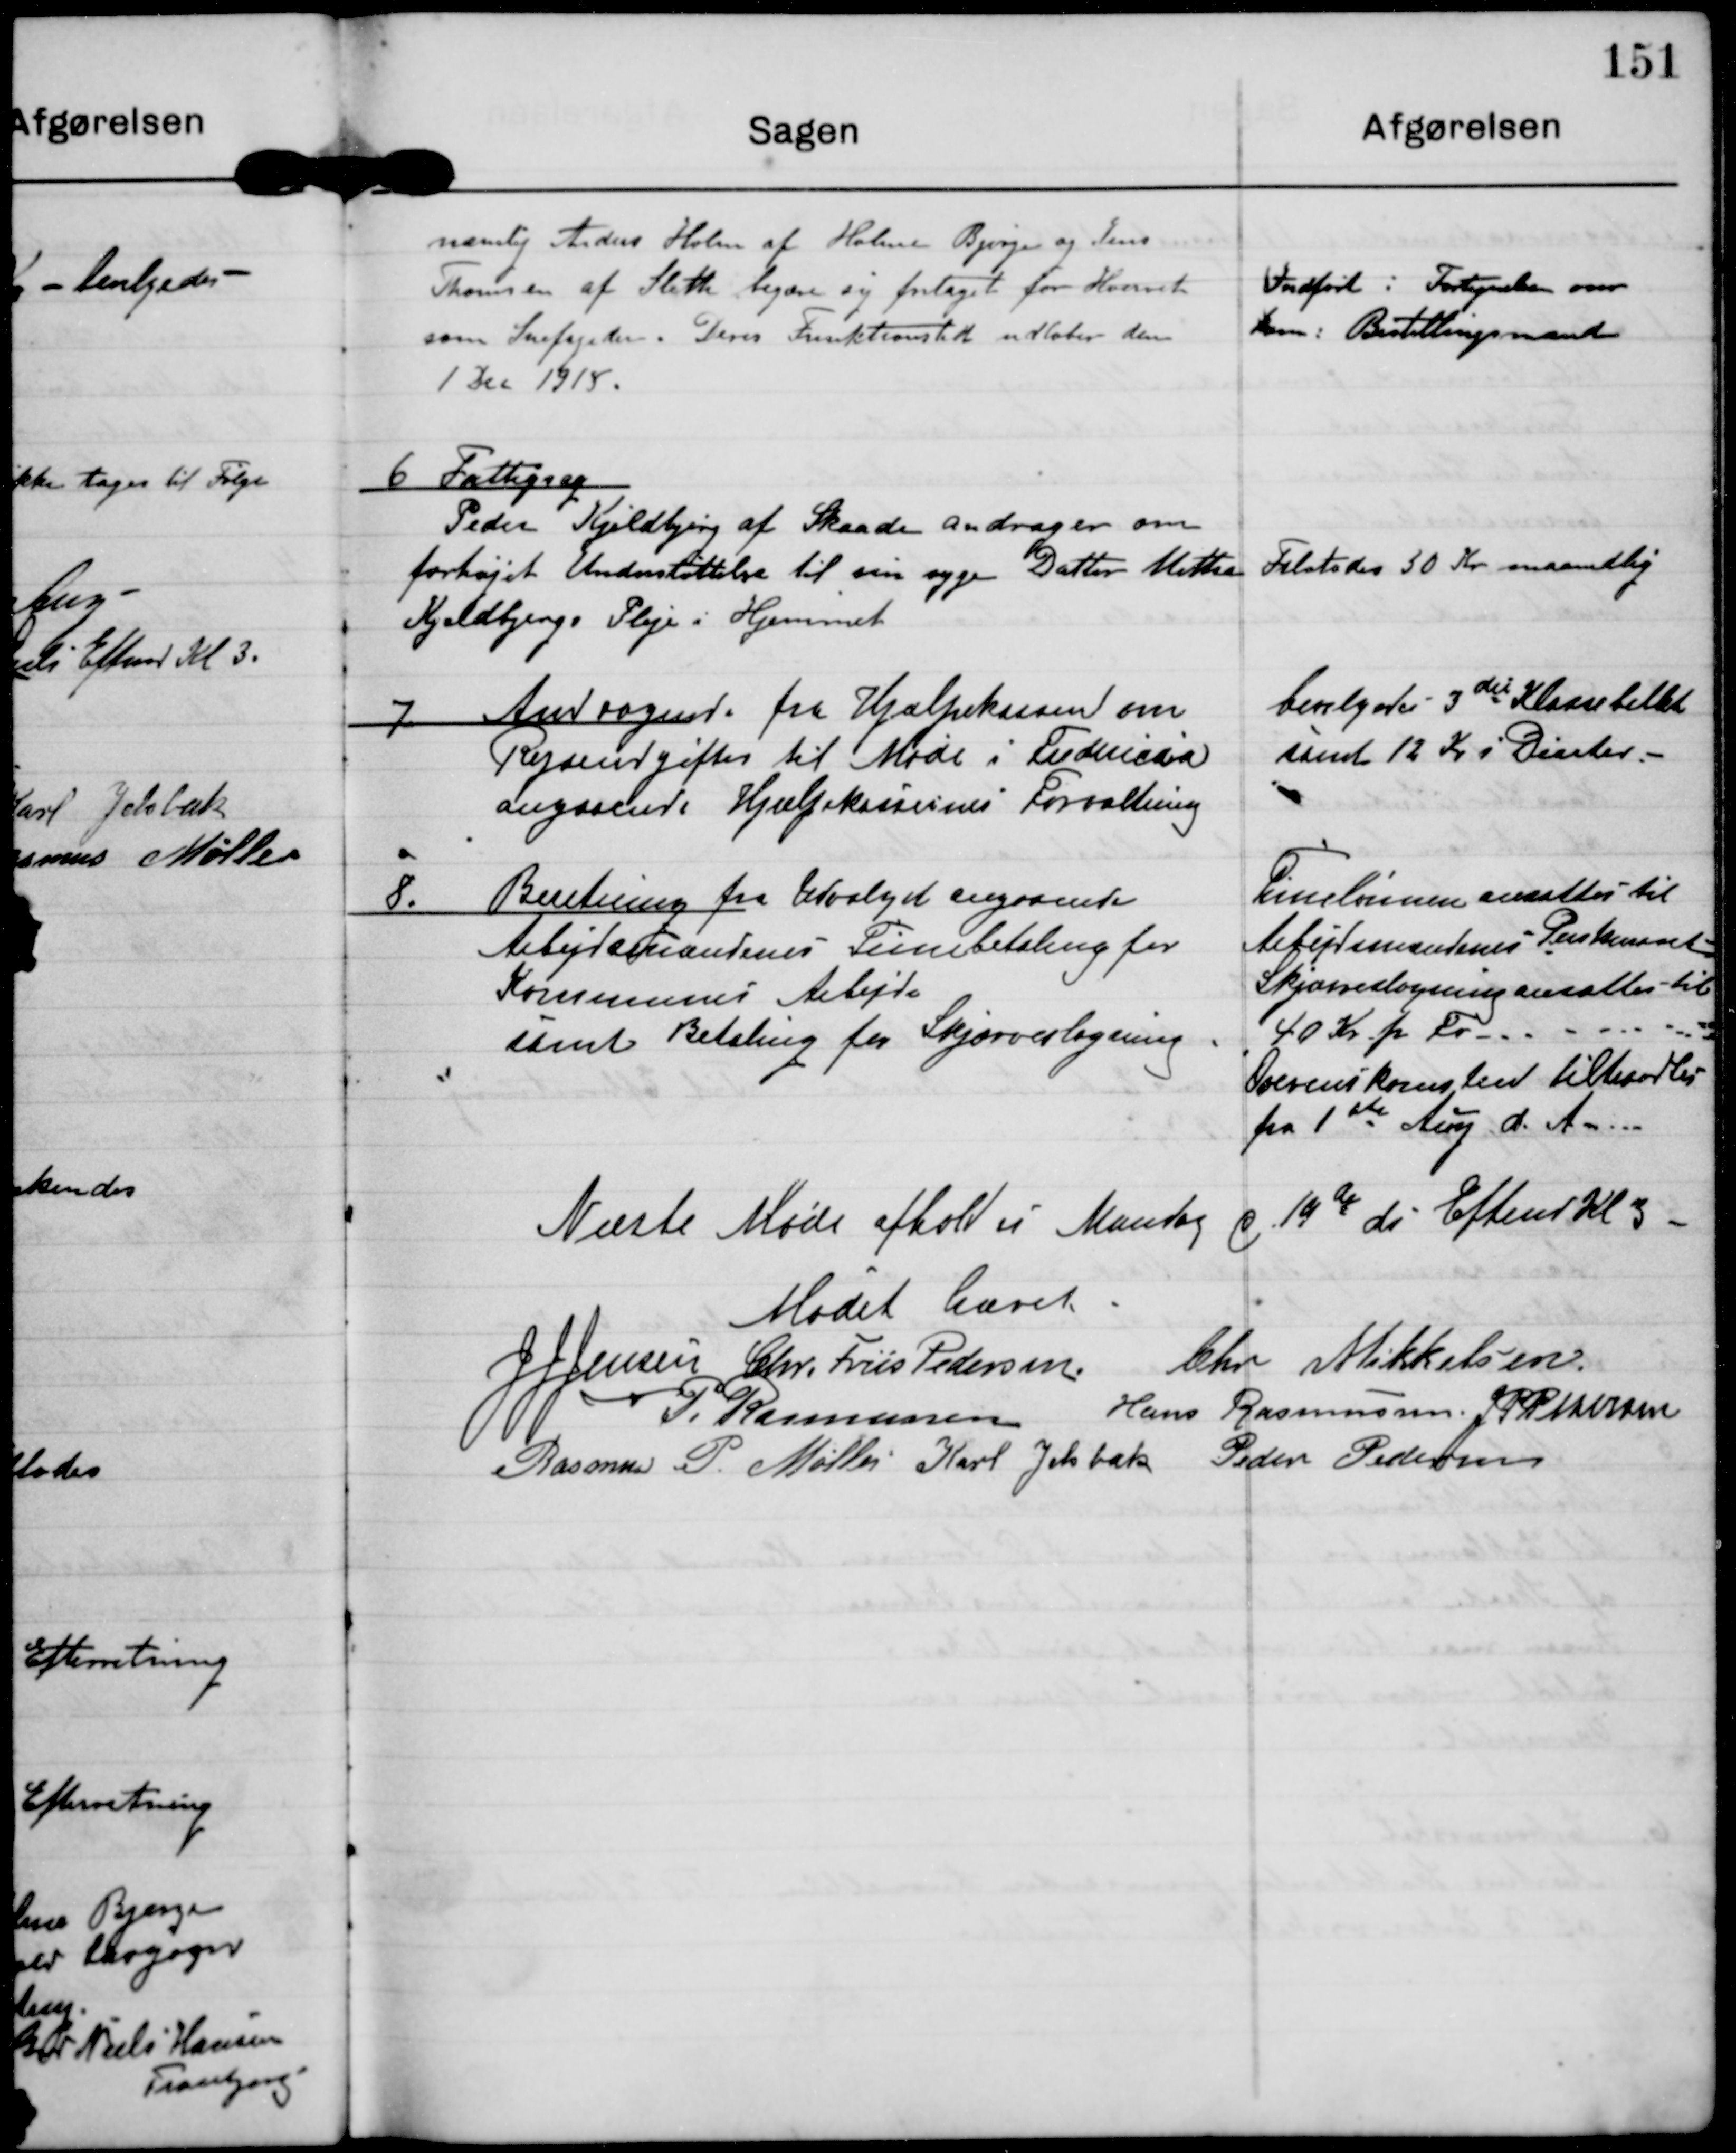
Transskription:
nemlig Anders Holm af Holme Bjerge og Hans
Thomsen af Sleth begærer sig fritaget for Hvervet
som Snefogeder. Deres Funktionstid udløber den
1 Dec 1918.

Indført i Fortegnelsen over
Komm. Bestillingsmanual

6 Fattigsag
Peder Kjeldbjerg af Skaade andrager om
forhøjet Understøttelse til sin syge Datter Metha
Kjeldbjergs Pleje i Hjemmet

Tilstodes 30 Kr maanedlig

7 Andragende fra Hjælpekassen om
Rejseudgifter til Møde i Fredericia
angaaende Hjælpekassernes Forvaltning.

Bevilgedes 3die Klasse billet
samt 12 Kr i Diæter.

8. Beretning fra Udvalget angaaende
Arbejdsmændenes Timebetaling for
Kommunens Arbejde
samt Betaling for Skjærveslagning.

Timelønnen ansattes til
Arbejdsmændenes Priskurant.
Skjærveslagning ansattes til
40 Kr pr Fv.
Overenskomsten tiltraadtes
fra 1ste Aug d. A.

Næste Møde afholdtes Mandag d 19de ds Efterm Kl 3

Mødet hævet

J J Jensen

Chr. Friis Pedersen

Chr Mikkelsen

P. Rasmussen

Hans Rasmussen

J P Pedersen

Rasmus P. Møller

Karl Jelsbak

Peder Pedersen